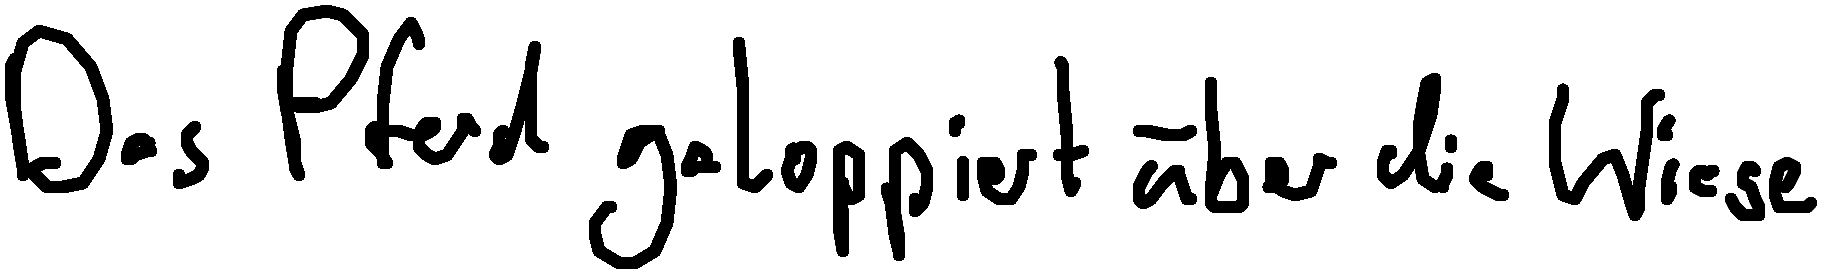
Das Pferd galoppiert über die Wiese.